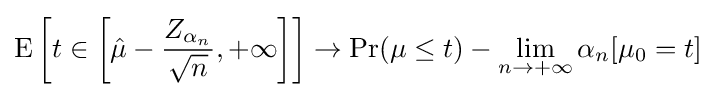
\operatorname {E} \left[t\in \left[{\hat {\mu }}-{\frac {Z_{\alpha _{n}}}{\sqrt {n}}},+\infty \right]\right]\rightarrow \Pr(\mu \leq t)-\lim _{n\rightarrow +\infty }\alpha _{n}[\mu _{0}=t]